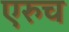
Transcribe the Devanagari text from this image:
एरुच